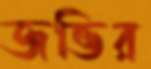
জভির